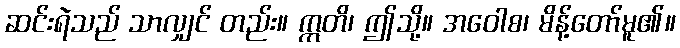
ဆင်းရဲသည် သာလျှင် တည်း။ ဣတိ၊ ဤသို့။ အဝေါစ၊ မိန့်တော်မူ၏။